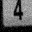
Digit: 4